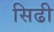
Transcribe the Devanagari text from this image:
सिढी